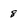
Character: 8